画像に写った文字を読んでください
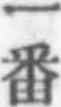
「一番」と書いてあります